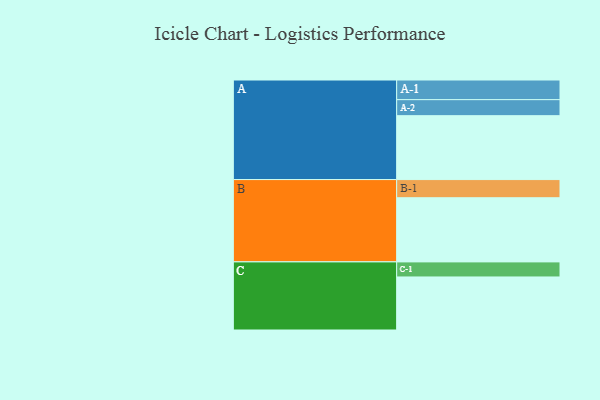
{"axis": {"x": "Segment", "y": "Value"}, "legend": ["", "A", "B", "C"], "data": [{"x": "A", "y": 471, "type": ""}, {"x": "B", "y": 473, "type": ""}, {"x": "C", "y": 391, "type": ""}, {"x": "A-1", "y": 145, "type": "A"}, {"x": "A-2", "y": 118, "type": "A"}, {"x": "B-1", "y": 134, "type": "B"}, {"x": "C-1", "y": 111, "type": "C"}]}